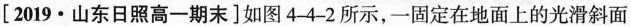
[2019·山东日照高一期末]如图4-4-2所示，一固定在地面上的光滑斜面